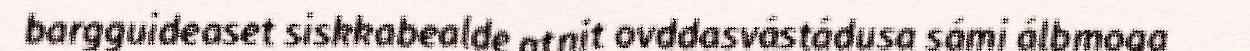
bargguideaset siskkabealde atnit ovddasvástádusa sámi álbmoga